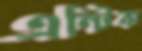
এন্টিক